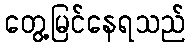
တွေ့မြင်နေရသည်